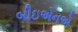
બીઇએનએ